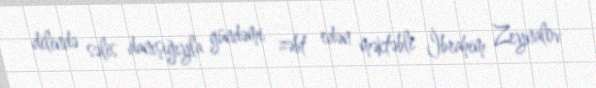
dilində səlis danışığıyla gündəmi zəbt edən məktəbli İbrahim Zeynalov